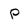
Character: p